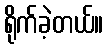
ရိုက်ခဲ့တယ်။